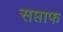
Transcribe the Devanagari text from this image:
सप्ताफ